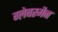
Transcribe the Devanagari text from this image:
ग्लेबरमैन